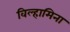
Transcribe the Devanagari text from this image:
विल्हामिना